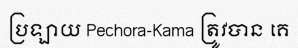
ប្រឡាយ Pechora-Kama ត្រូវបាន គេ